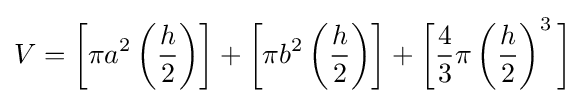
V={\biggl [}\pi a^{2}\left({\frac {h}{2}}{\biggr )}\right]+{\biggl [}\pi b^{2}\left({\frac {h}{2}}{\biggr )}\right]+{\biggl [}{\frac {4}{3}}\pi \left({\frac {h}{2}}\right)^{3}{\biggr ]}